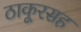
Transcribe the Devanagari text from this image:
ठाकूरसह